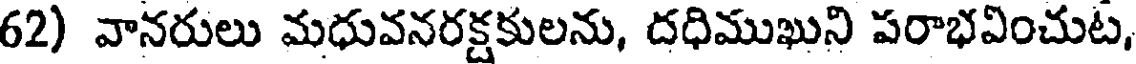
62) వానరులు మధువనరక్షకులను, దధిముఖుని పరాభవించుట,